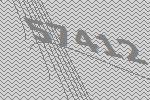
57412